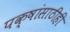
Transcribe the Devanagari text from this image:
पक्षांसाठीही